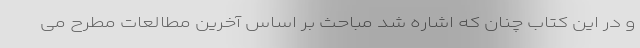
و در این کتاب چنان که اشاره شد مباحث بر اساس آخرین مطالعات مطرح می